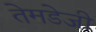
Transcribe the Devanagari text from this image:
तेमडेजी